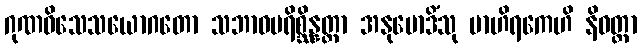
ဂုဏဝိသေသယောဂတော သဘာဝပရိစ္ဆိန္နတ္တာ အနုမောဒိံသု ဗာဟိရကေဟိ နိဝတ္ထာ